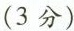
(3分)